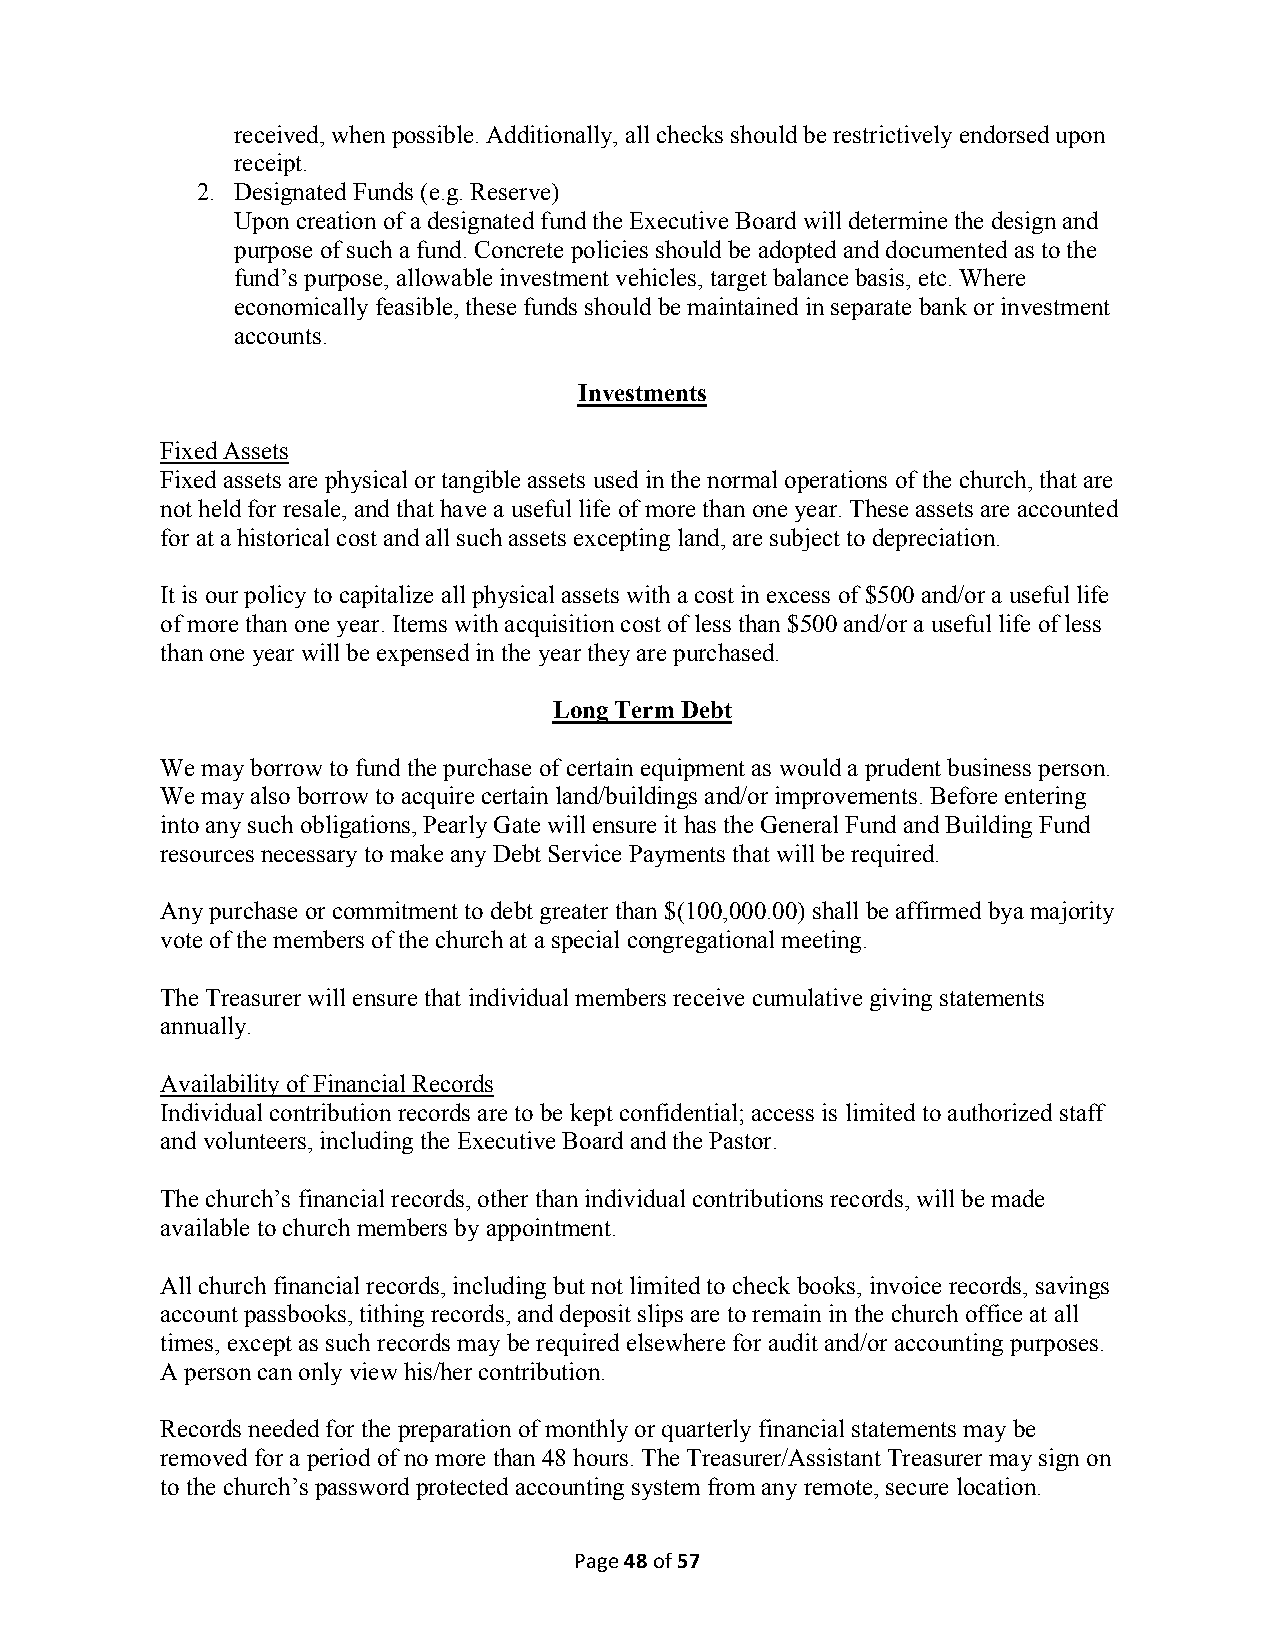
received, when possible. Additionally, all checks should be restrictively endorsed upon
 receipt.
 2. Designated Funds (e.g. Reserve)
 Upon creation of a designated fund the Executive Board will determine the design and
 purpose of such a fund. Concrete policies should be adopted and documented as to the
 fund’s purpose, allowable investment vehicles, target balance basis, etc. Where
 economically feasible, these funds should be maintained in separate bank or investment
 accounts.
 Investments
 Fixed Assets
 Fixed assets are physical or tangible assets used in the normal operations of the church, that are
 not held for resale, and that have a useful life of more than one year. These assets are accounted
 for at a historical cost and all such assets excepting land, are subject to depreciation.
 It is our policy to capitalize all physical assets with a cost in excess of $500 and/or a useful life
 of more than one year. Items with acquisition cost of less than $500 and/or a useful life of less
 than one year will be expensed in the year they are purchased.
 Long Term Debt
 We may borrow to fund the purchase of certain equipment as would a prudent business person.
 We may also borrow to acquire certain land/buildings and/or improvements. Before entering
 into any such obligations, Pearly Gate will ensure it has the General Fund and Building Fund
 resources necessary to make any Debt Service Payments that will be required.
 Any purchase or commitment to debt greater than $(100,000.00) shall be affirmed bya majority
 vote of the members of the church at a special congregational meeting.
 The Treasurer will ensure that individual members receive cumulative giving statements
 annually.
 Availability of Financial Records
 Individual contribution records are to be kept confidential; access is limited to authorized staff
 and volunteers, including the Executive Board and the Pastor.
 The church’s financial records, other than individual contributions records, will be made
 available to church members by appointment.
 All church financial records, including but not limited to check books, invoice records, savings
 account passbooks, tithing records, and deposit slips are to remain in the church office at all
 times, except as such records may be required elsewhere for audit and/or accounting purposes.
 A person can only view his/her contribution.
 Records needed for the preparation of monthly or quarterly financial statements may be
 removed for a period of no more than 48 hours. The Treasurer/Assistant Treasurer may sign on
 to the church’s password protected accounting system from any remote, secure location.
 Page 48 of 57